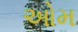
ઓમ